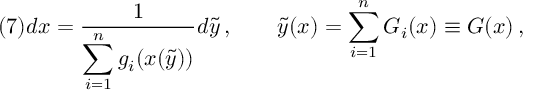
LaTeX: ( 7 ) d x = \frac 1 { \displaystyle \sum _ { i = 1 } ^ { n } g _ { i } ( x ( \tilde { y } ) ) } d \tilde { y } \, , \qquad \tilde { y } ( x ) = \sum _ { i = 1 } ^ { n } G _ { i } ( x ) \equiv G ( x ) \, ,